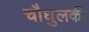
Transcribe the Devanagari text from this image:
चौघुलकी